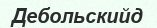
Дебольскийд